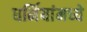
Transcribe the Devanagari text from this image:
धर्मियांमध्ये